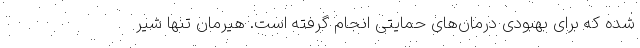
شده که برای بهبودی درمان‌های حمایتی انجام گرفته است. هیرمان تنها شیر